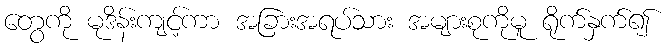
တွေကို မုဒိန်းကျင့်ကာ အခြားအရပ်သား အများစုကိုမူ ရိုက်နှက်၍